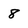
Character: 8